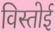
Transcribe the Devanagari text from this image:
विस्तोई